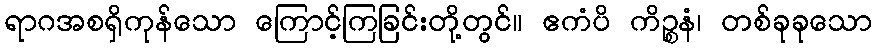
ရာဂအစရှိကုန်သော ကြောင့်ကြခြင်းတို့တွင်။ ဧကံပိ ကိဉ္စနံ၊ တစ်ခုခုသော